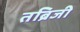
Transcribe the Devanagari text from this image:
तब्रिजी